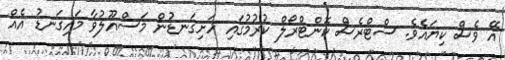
އޭ ވެސް ކިޔައެވެ. ސްޓްރެސް ކޮންޓްރޯލް ކުރުމުގައި ހަށިގަނޑުން މަސްއޫލުވާ މައިގަނޑު އެއް